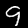
Label: 9